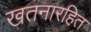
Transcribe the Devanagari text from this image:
खतनारहित